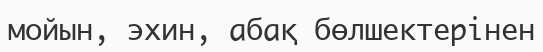
мойын, эхин, абақ бөлшектерінен